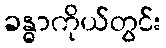
ခန္ဓာကိုယ်တွင်း